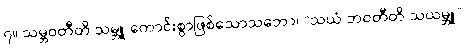
၇။ သမ္ဘဝတီတိ သမ္ဘူ-ကောင်းစွာဖြစ်သောသဘော၊ “သယံ ဘဝတီတိ သယမ္ဘူ”